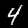
Digit: 4